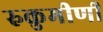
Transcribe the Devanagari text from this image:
रुकुमीणी